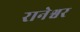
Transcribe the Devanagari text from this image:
रानेश्वर